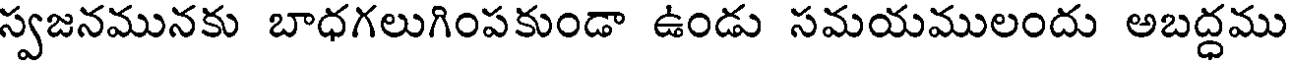
స్వజనమునకు బాధగలుగింపకుండా ఉండు సమయములందు అబద్దము